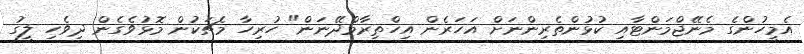
އެމީހުންގެ މެނޭޖްމަންޓާއި ކުޅުންތެރިންނަށް އަހަރެން އިހްތިރާމްދޭނަން" ހުރިހާ މެޗަކުން މޮޅުވެގެން ދިވެހި ލީގު